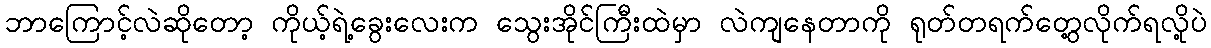
ဘာကြောင့်လဲဆိုတော့ ကိုယ့်ရဲ့ခွေးလေးက သွေးအိုင်ကြီးထဲမှာ လဲကျနေတာကို ရုတ်တရက်တွေ့လိုက်ရလို့ပဲ